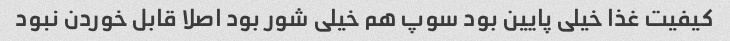
کیفیت غذا خیلی پایین بود سوپ هم خیلی شور بود اصلا قابل خوردن نبود